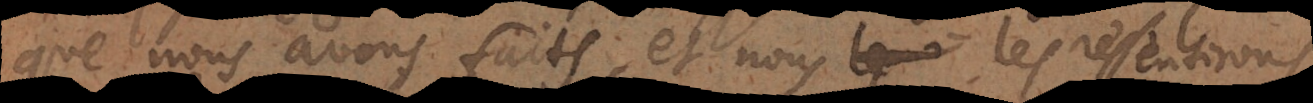
que nous avons faits, et nous les ressentirons